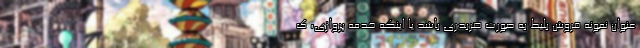
عنوان نمونه فروش بلیط به صورت ضربدری باشد یا اینکه خدمه پروازی، ک